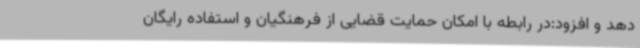
دهد و افزود:در رابطه با امکان حمایت قضایی از فرهنگیان و استفاده رایگان